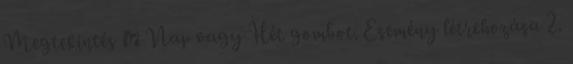
Megtekintés → Nap vagy Hét gombot. Esemény létrehozása 2.